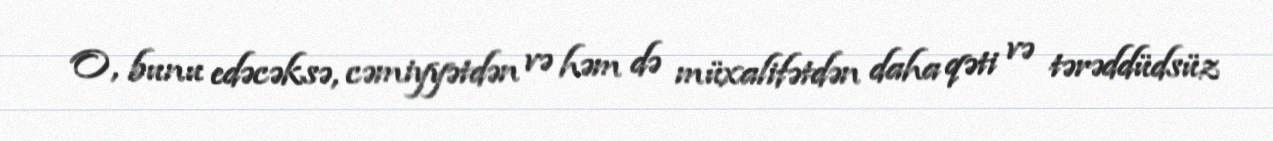
O, bunu edəcəksə, cəmiyyətdən və həm də müxalifətdən daha qəti və tərəddüdsüz